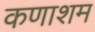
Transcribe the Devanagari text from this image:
कणाशम